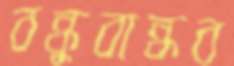
বন্ধুবান্ধব